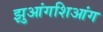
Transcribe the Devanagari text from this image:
झुआंगशिआंग